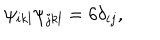
\psi _ { i k l } \psi _ { j k l } = 6 \delta _ { i j } ,